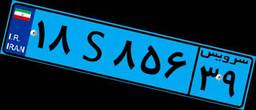
۱۶S۷۵۰۴۰